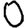
Digit: 0